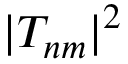
| T _ { n m } | ^ { 2 }